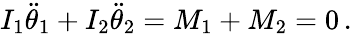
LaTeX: I_{1}\ddot{\theta}_{1}+I_{2}\ddot{\theta}_{2}=M_{1}+M_{2}=0\, .